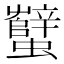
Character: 蠥